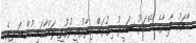
މާވަށު ދާއިރާގެ މެމްބަރު ސައީދު އިތުރަށް ވިދާޅުވީ ލުތުފީ ލަންކާގައި ހުންނަ ދިވެހި